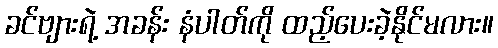
ခင်ဗျားရဲ့ အခန်း နံပါတ်ကို ထည့်ပေးခဲ့နိုင်မလား။